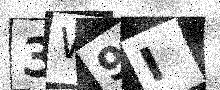
Text: 3W9I